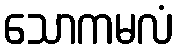
သောကမလံ